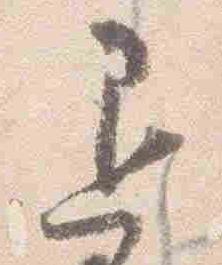
退